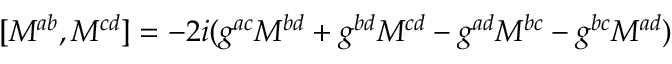
[ M ^ { a b } , M ^ { c d } ] = - 2 i ( g ^ { a c } M ^ { b d } + g ^ { b d } M ^ { c d } - g ^ { a d } M ^ { b c } - g ^ { b c } M ^ { a d } )